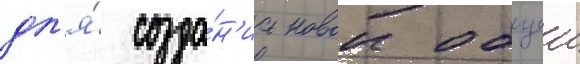
дл'я́ созда́н'иа новои общеи